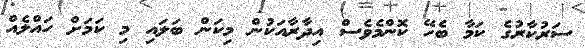
ސަރުކާރުގެ ކަމާ ބެހޭ ކޮންމެވެސް އިދާރާއަކުން މިކަން ބަލައި މި ކަމަށް ހައްލެއް